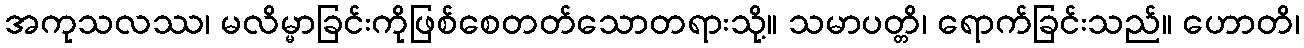
အကုသလဿ၊ မလိမ္မာခြင်းကိုဖြစ်စေတတ်သောတရားသို့။ သမာပတ္တိ၊ ရောက်ခြင်းသည်။ ဟောတိ၊